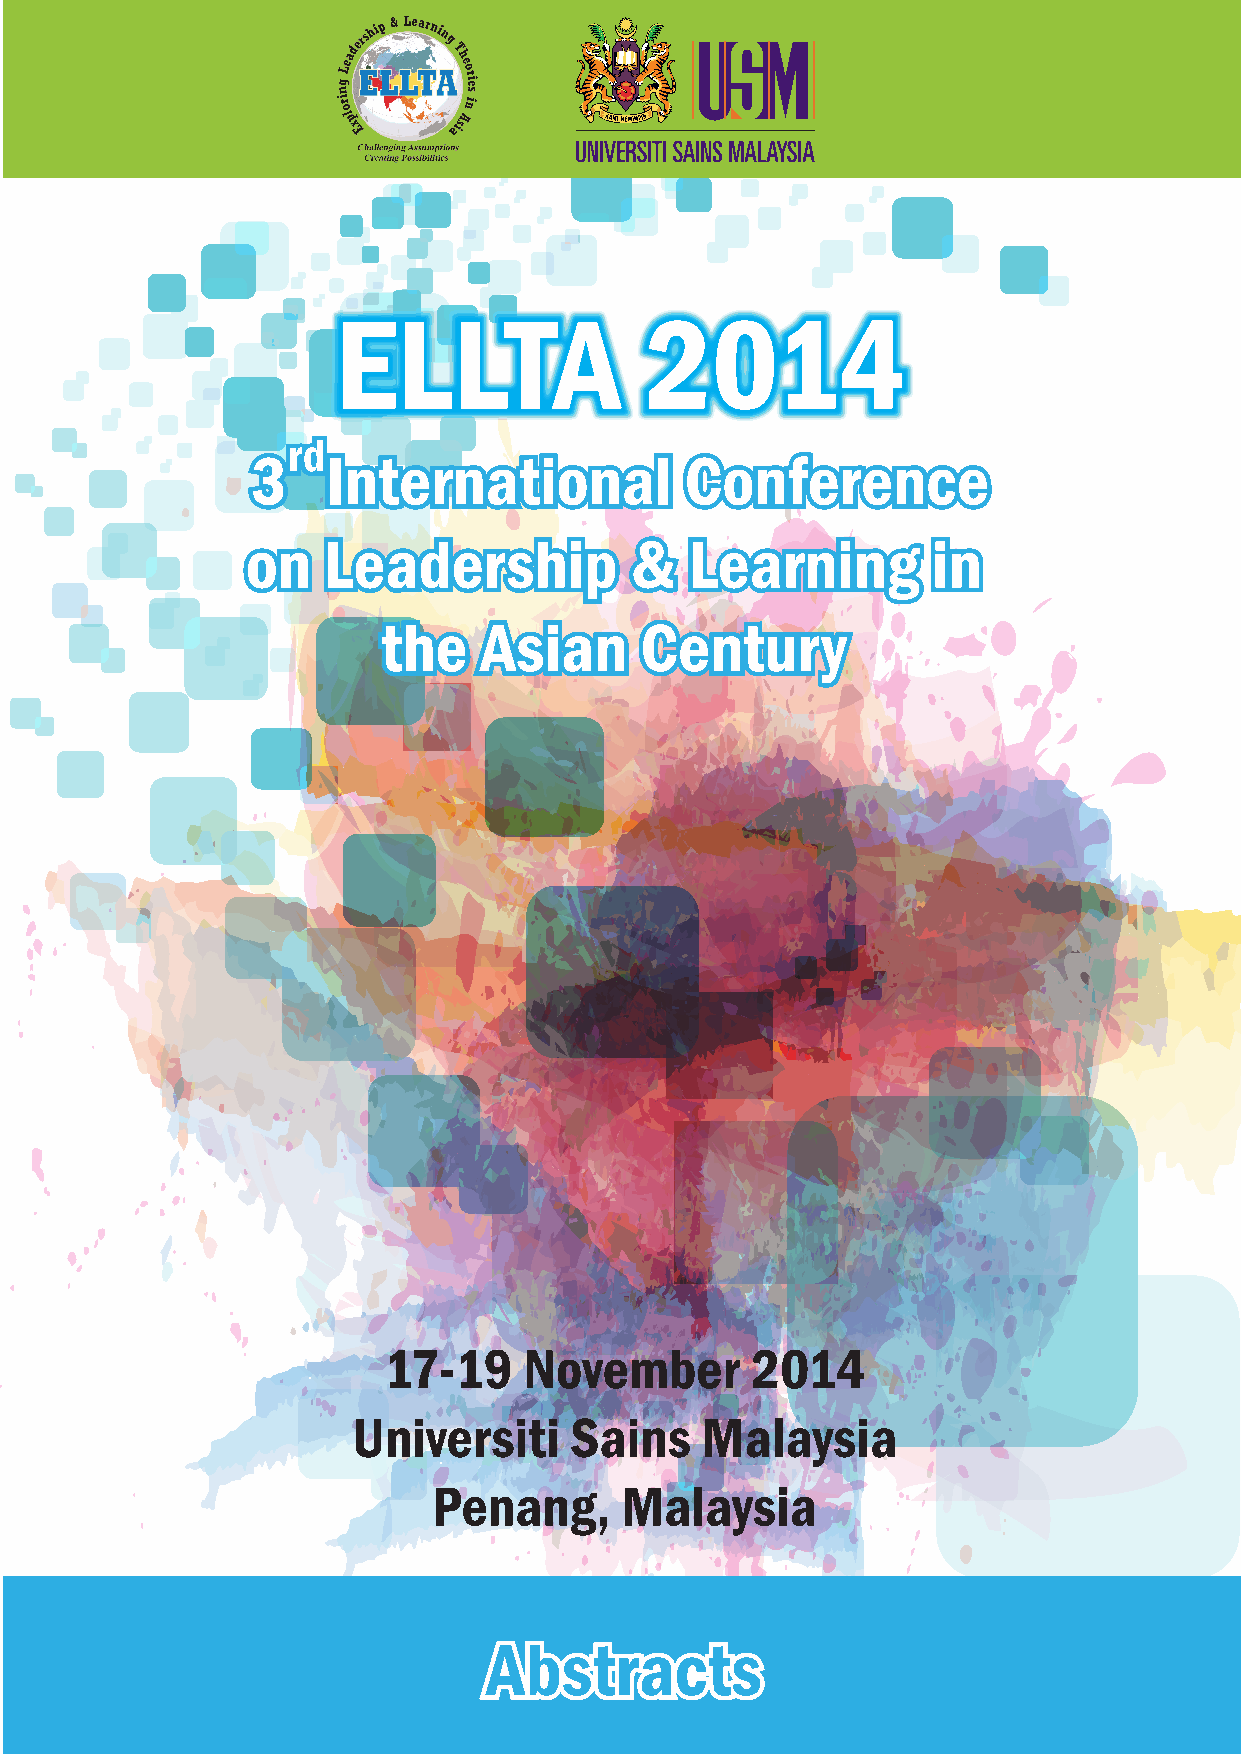
ELLTA                2014
 rd
 3    International          Conference
 on   Leadership           &   Learning        in
 the    Asian     Century
 17-19     November       2014
 Universiti     Sains   Malaysia
 Penang,     Malaysia
 Abstracts